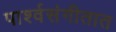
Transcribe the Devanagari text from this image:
पार्श्वसंगीतात